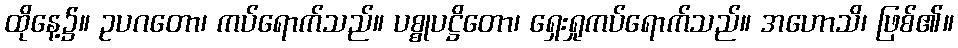
ထိုနေ့၌။ ဥပဂတော၊ ကပ်ရောက်သည်။ ပစ္စုပဋ္ဌိတော၊ ရှေးရှုကပ်ရောက်သည်။ အဟောသိ၊ ဖြစ်၏။